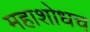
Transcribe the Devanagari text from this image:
महाशोधच